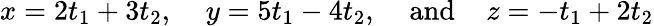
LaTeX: x=2t_{1}+3t_{2},\; \; \; \; y=5t_{1}-4t_{2},\; \; \; \; {\mathrm{and}}\; \; \; \; z=-t_{1}+2t_{2}